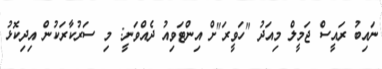
ނައިބު ރައީސް ޖަމީލް މިއަދު "ހަވީރަ"ށް އިންޓަވިއު ދެއްވަނީ: މި ސަރުކާރަކުން އިދިކޮޅު